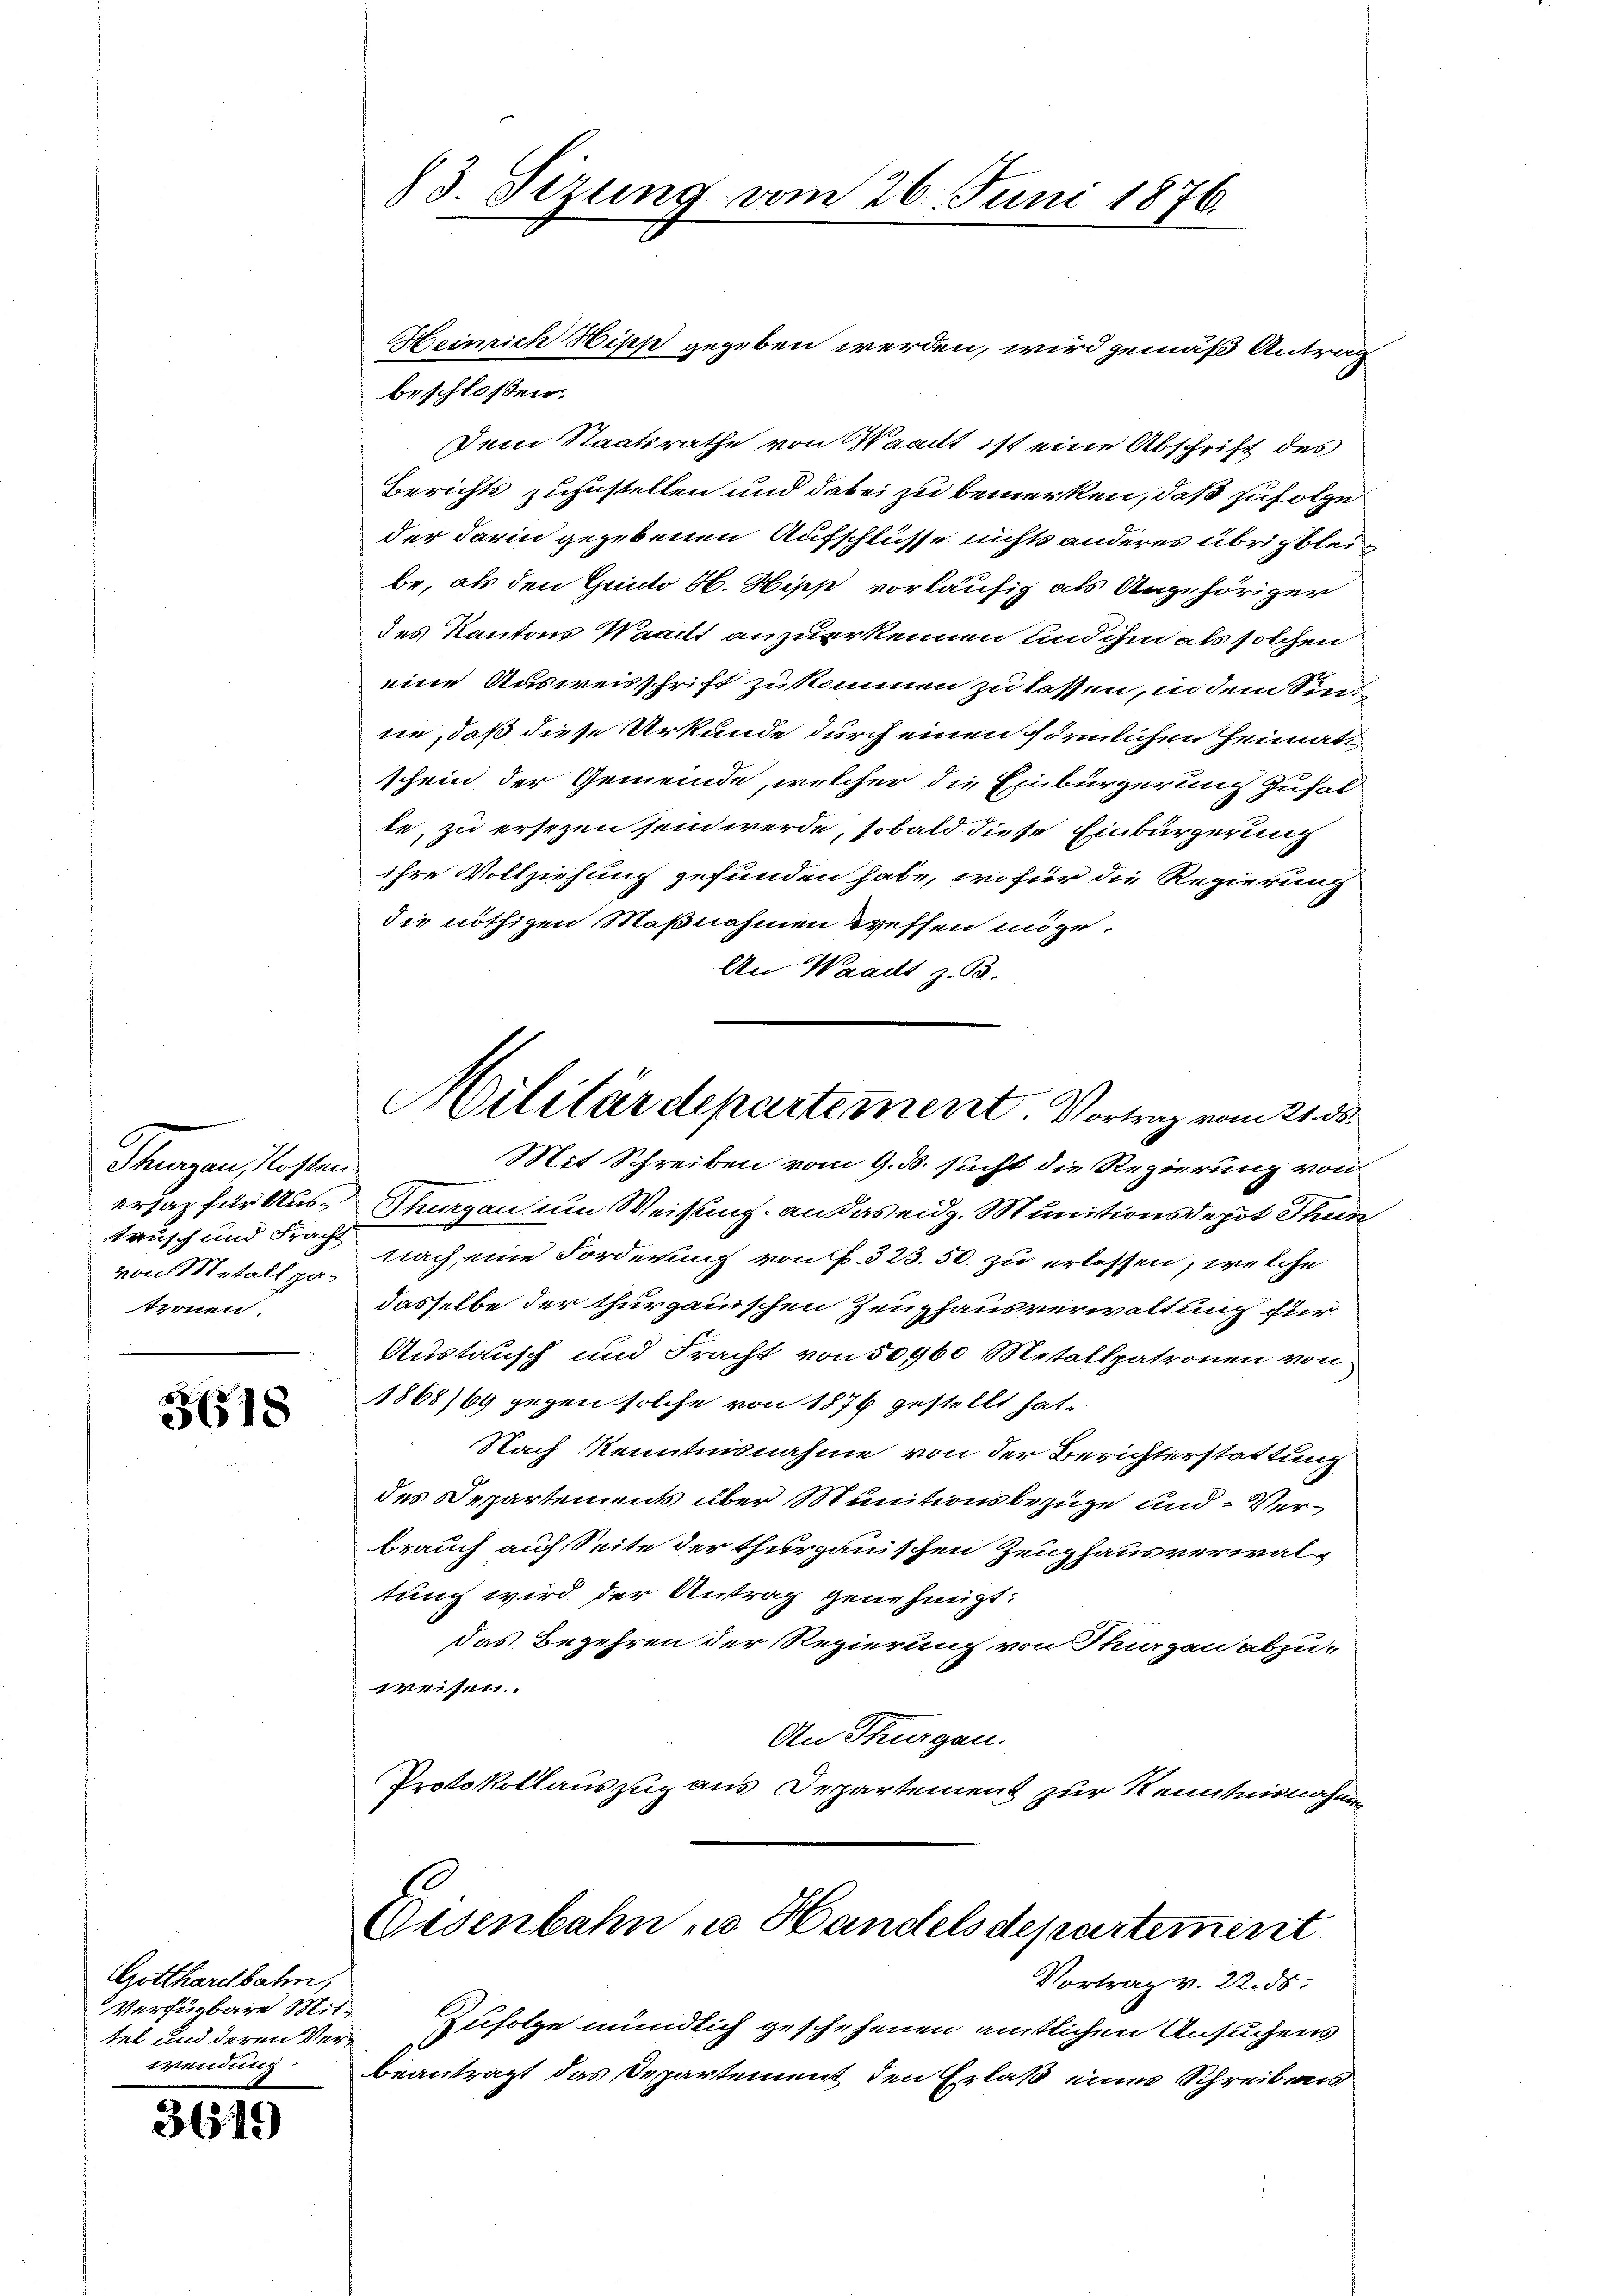
Shungen so stand
tausch und Fracht
von Metall patronen.

3618

Gotthardbahn,
Verfügbare Mittel und deren Verwendung

3619

83. Sizung vom 26. Juni 1876.

Heinrich Hipp gegeben werden, wird gemäß Antrag
beschloßen:
Dem Staatsrathe von Waadt ist eine Abschrift des
Berichts zuzustellen und dabei zu bemerken, daß zufolge
der darin gegebenen Aufschlüsse nichts anderes übrigbleibe, als den Guido S. Hipp vorläufig als Angehöriger
des Kantons Waadt anzuerkennen und ihm als solchen
eine Ausweisschrift zu kommen zu lassen, in dem Sinne, daß diese Urkunde durch einen förmlichen Heimat
schein der Gemeinde, welcher die Einbürgerung zufol
te, zu ersezen sein werde, sobald diese Einbürgerung
ihre Vollziehung gefunden habe, wofür die Regierung
die nöthigen Maßnahmen wessen möge.
An Waadt z. B.
Mit Schreiben vom 9. ds. sucht die Regierung von
ersaz für Aus- Thurgau um Weisung an das eidg. Munitionsdepot Thun
nach eine Forderung von f. 323.50. zu erlassen, welche
dasselbe der thurgauischen Zeughausverwaltung für
Austausch und Fracht von 50960 Metallatronen von
868/69 gegen solche von 1876 gestellt hat.
Nach Kenntnisnahme von der Berichterstattung
des Departements über Munitionsbezüge und Verbrauch auf Seite der thurgauischen Zeughausverwal-
tung wird der Antrag genehmigt.
das Begehren der Regierung von Sargau abzu-
Weisen.
An Thurgau.
Protokollauszug aus Departement zur Kenntnisnahmen
Eisenbahn zu Handelsdepartement.
Vortrag v. 22. 55.
Zufolge mündlich geschehenen amtlichen Ansuchens
beantragt das Departement den Erlaß eines Schreibens

Militärdepartement. Vortrag vom 21. ds.